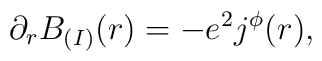
\partial_rB_{(I)}(r)=-e^2j^\phi(r),